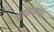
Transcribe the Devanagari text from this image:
धूर्तसमागम